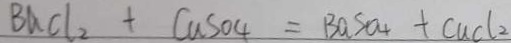
B a C l _ { 2 } + C u S O _ { 4 } = B a S O _ { 4 } + C u C l _ { 2 }